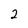
Character: 2